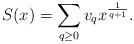
LaTeX: \begin{align*}S(x)=\sum _{q\geq 0}v_qx^{\frac 1{q+1}}.\end{align*}